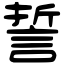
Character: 誓